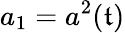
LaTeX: a_{1}=a^{2}(\mathfrak{t})